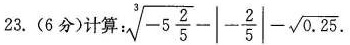
23.(6分)计算 : $$\sqrt [ 3 ] { - 5 \frac { 2 } { 5 } } - | - \frac { 2 } { 5 } | - \sqrt { 0 . 2 5 }$$